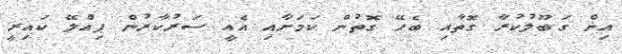
އިން ގަބޫލުކުރާ ގޮތާއި ބެހޭ ގޮތުން ކަމަށާއި އެއީ ސަރުކާރުން ޕިއްލޭ ކައިރީ